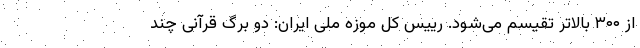
از ۳۰۰ بالاتر تقیسم می‌شود. رییس کل موزه ملی ایران: دو برگ قرآنی چند